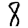
Digit: 8